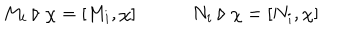
M _ { i } \triangleright \chi = [ M _ { i } , \chi ] \qquad \quad N _ { i } \triangleright \chi = [ N _ { i } , \chi ]